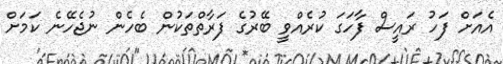
އެއަށް ފަހު ރައީސް ފާހަގަ ކުރެއްވީ ބޭރުގެ ފަރާތްތަކުން ބެހެން ނުޖެހޭނެ ކަމަށް